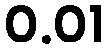
0.01